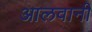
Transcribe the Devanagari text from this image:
आलवानी